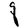
Character: q